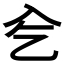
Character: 𠓟